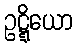
ဥဋ္ဋိယော